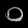
Digit: ၀